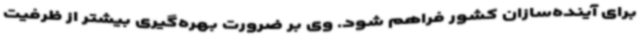
برای آینده‌سازان کشور فراهم شود. وی بر ضرورت بهره‌گیری بیشتر از ظرفیت